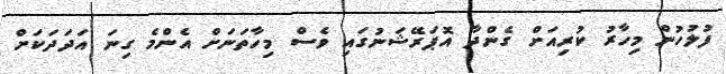
ފުލުހުން މިހާރު ކުރިއަށް ގެންދާ އޮޕަރޭޝަނުގައި ވެސް މިހާތަނަށް އެންމެ ގިނަ އަދަދަކަށް